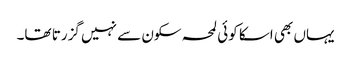
یہاں بھی اسکا کوئی لمحہ سکون سے نہیں گزرتا تھا۔